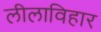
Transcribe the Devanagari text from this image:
लीलाविहार